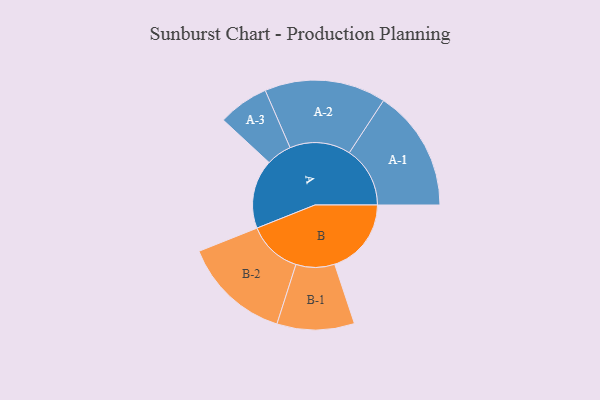
{"axis": {"x": "Segment", "y": "Value"}, "legend": ["", "A", "B"], "data": [{"x": "A", "y": 291, "type": ""}, {"x": "B", "y": 323, "type": ""}, {"x": "A-1", "y": 256, "type": "A"}, {"x": "A-2", "y": 256, "type": "A"}, {"x": "A-3", "y": 107, "type": "A"}, {"x": "B-1", "y": 163, "type": "B"}, {"x": "B-2", "y": 228, "type": "B"}]}